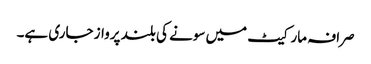
صرافہ مارکیٹ میں سونے کی بلند پرواز جاری ہے۔